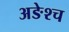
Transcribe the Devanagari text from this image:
अङेश्च